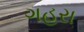
ગહરા